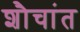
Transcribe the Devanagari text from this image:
शौचांत